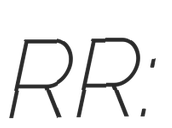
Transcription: RR: